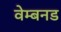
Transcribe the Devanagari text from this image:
वेम्बनड